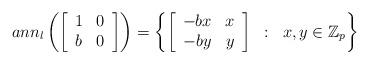
LaTeX: \begin{align*} ann_l\left(\left[\begin{array}{cc}1&0\\ b&0\end{array}\right]\right)=\left\{\left[\begin{array}{cc}-b x&x \\-b y&y\end{array}\right]\;\;:\;\;x,y\in\mathbb Z_p\right\}\end{align*}